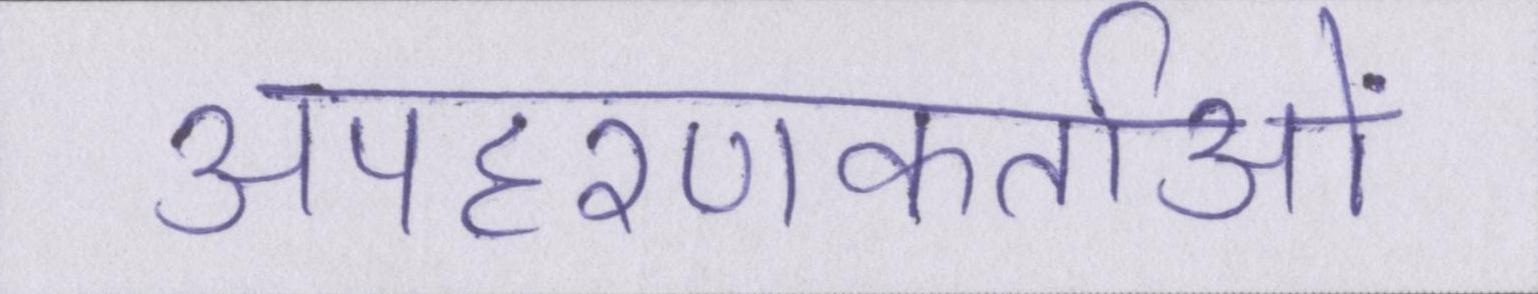
अपहरणकर्ताओं